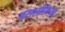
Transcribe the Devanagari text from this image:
परालोगिया